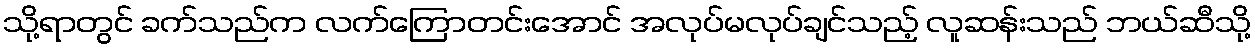
သို့ရာတွင် ခက်သည်က လက်ကြောတင်းအောင် အလုပ်မလုပ်ချင်သည့် လူဆန်းသည် ဘယ်ဆီသို့